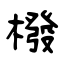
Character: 橃